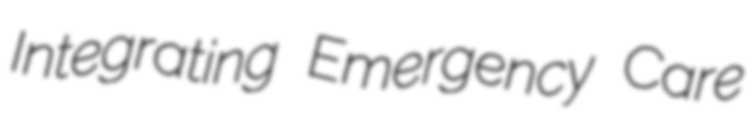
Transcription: Integrating Emergency Care